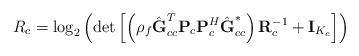
LaTeX: \begin{align*} R_{c}=\log_{2}\left ( \det\left [\left ( \rho _{f}\hat{\textbf{G}}_{cc}^T\textbf{P}_{c}\textbf{P}_{c}^{H}\hat{\textbf{G}}_{cc}^* \right )\textbf{R}_{c}^{-1}+\textbf{I}_{K_c} \right ]\right )\end{align*}